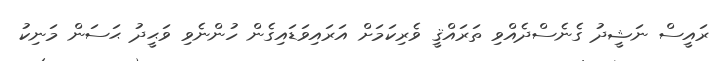
ރައީސް ނަޝީދު ގެނެސްދެއްވި ތަރައްޤީ ވެރިކަމަށް އަރައިވަޑައިގެން ހުންނެވި ވަޙީދު ޙަސަން މަނިކު